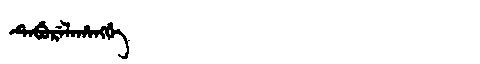
Manchu: ᡨᡝᠪᡠᡵᡝᠯᠠᡥᠠᠩᡤᡝ
Romanization: TEBURELAHANGGE